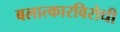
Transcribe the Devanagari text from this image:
बलात्कारविरोधी